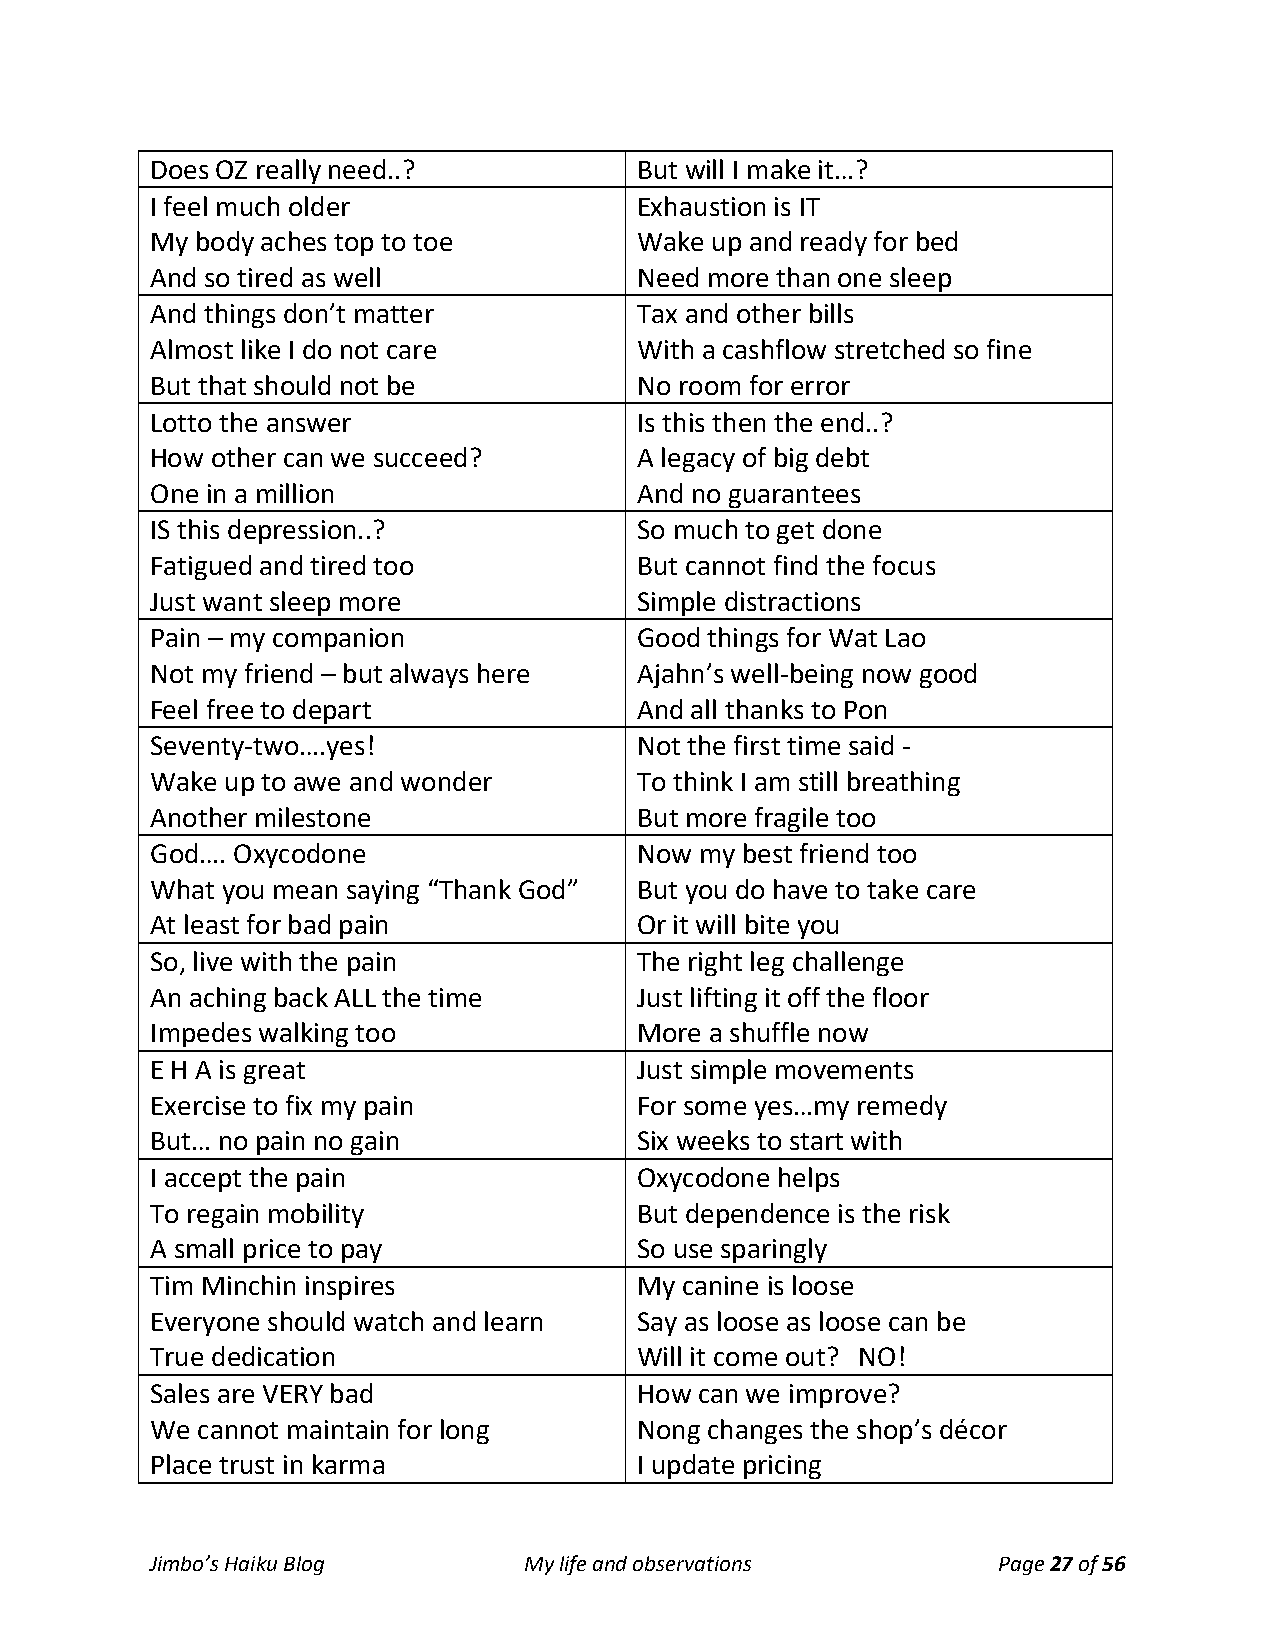
Does OZ really need..?          But will I make it…?
 I feel much older               Exhaustion is IT
 My body aches top to toe        Wake up and ready for bed
 And so tired as well            Need more than one sleep
 And things don’t matter         Tax and other bills
 Almost like I do not care       With a cashflow stretched so fine
 But that should not be          No room for error
 Lotto the answer                Is this then the end..?
 How other can we succeed?       A legacy of big debt
 One in a million                And no guarantees
 IS this depression..?           So much to get done
 Fatigued and tired too          But cannot find the focus
 Just want sleep more            Simple distractions
 Pain – my companion             Good things for Wat Lao
 Not my friend – but always here Ajahn’s well-being now good
 Feel free to depart             And all thanks to Pon
 Seventy-two….yes!               Not the first time said -
 Wake up to awe and wonder       To think I am still breathing
 Another milestone               But more fragile too
 God…. Oxycodone                 Now my best friend too
 What you mean saying “Thank God” But you do have to take care
 At least for bad pain           Or it will bite you
 So, live with the pain          The right leg challenge
 An aching back ALL the time     Just lifting it off the floor
 Impedes walking too             More a shuffle now
 E H A is great                  Just simple movements
 Exercise to fix my pain         For some yes…my remedy
 But… no pain no gain            Six weeks to start with
 I accept the pain               Oxycodone helps
 To regain mobility              But dependence is the risk
 A small price to pay            So use sparingly
 Tim Minchin inspires            My canine is loose
 Everyone should watch and learn Say as loose as loose can be
 True dedication                 Will it come out? NO!
 Sales are VERY bad              How can we improve?
 We cannot maintain for long     Nong changes the shop’s décor
 Place trust in karma            I update pricing
 Jimbo’s Haiku Blog       My life and observations       Page 27 of 56